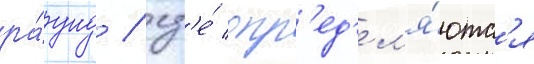
ра́унд / гд'е́ опр'ед'ел'я́ютс'я